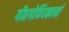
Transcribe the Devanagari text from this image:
गीतगोविंदकर्त्या